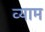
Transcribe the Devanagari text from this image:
व्याम